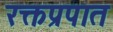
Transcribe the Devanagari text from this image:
रक्तप्रपात